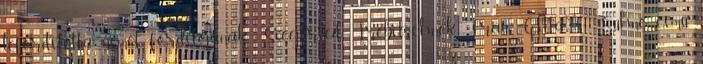
lefordította német fordítójának, Siegfried Trebitschnek Frau Gitta's Sühne című